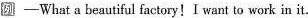
例 -What a beautiful factory!I want to work in it.